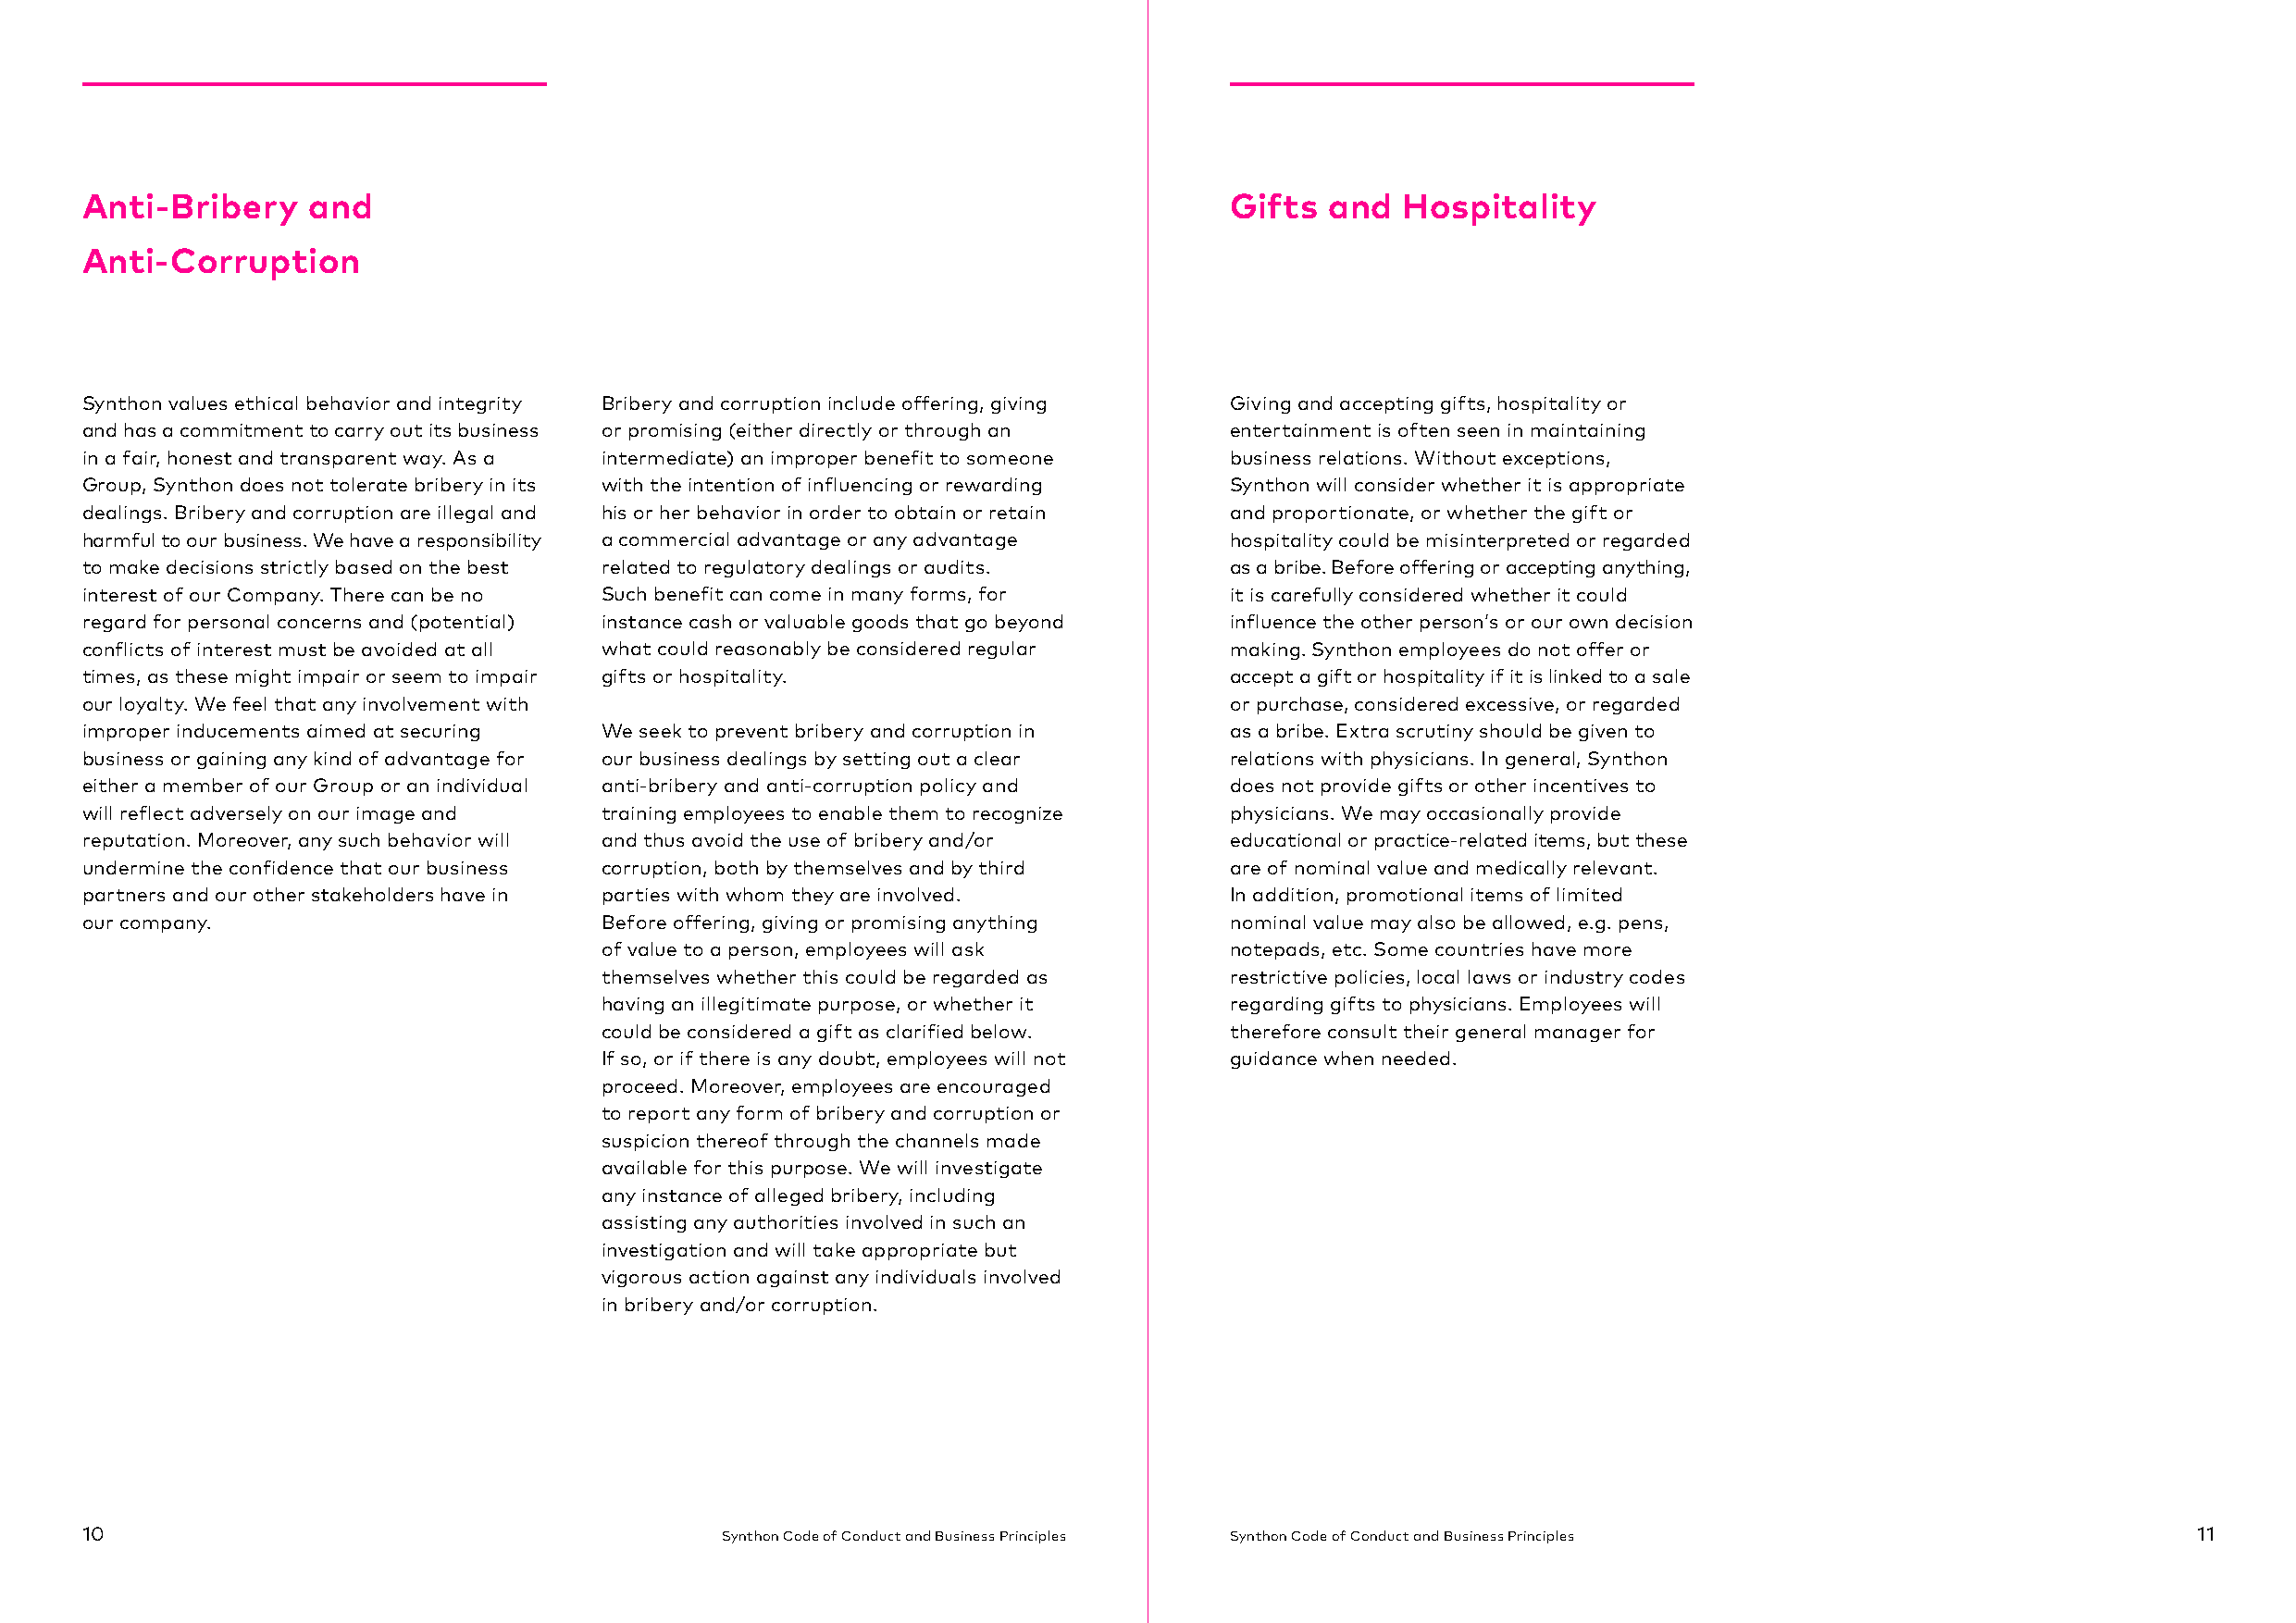
Anti-Bribery    and                                                               Gifts  and  Hospitality
 Anti-Corruption
 Synthon values ethical behavior and integrity Bribery and corruption include offering, giving Giving and accepting gifts, hospitality or
 and has a commitment to carry out its business or promising (either directly or through an entertainment is often seen in maintaining
 in a fair, honest and transparent way. As a intermediate) an improper benefit to someone business relations. Without exceptions,
 Group, Synthon does not tolerate bribery in its with the intention of influencing or rewarding Synthon will consider whether it is appropriate
 dealings. Bribery and corruption are illegal and his or her behavior in order to obtain or retain and proportionate, or whether the gift or
 harmful to our business. We have a responsibility a commercial advantage or any advantage hospitality could be misinterpreted or regarded
 to make decisions strictly based on the best related to regulatory dealings or audits. as a bribe. Before offering or accepting anything,
 interest of our Company. There can be no Such benefit can come in many forms, for it is carefully considered whether it could
 regard for personal concerns and (potential) instance cash or valuable goods that go beyond influence the other person’s or our own decision
 conflicts of interest must be avoided at all what could reasonably be considered regular making. Synthon employees do not offer or
 times, as these might impair or seem to impair gifts or hospitality.              accept a gift or hospitality if it is linked to a sale
 our loyalty. We feel that any involvement with                                    or purchase, considered excessive, or regarded
 improper inducements aimed at securing We seek to prevent bribery and corruption in as a bribe. Extra scrutiny should be given to
 business or gaining any kind of advantage for our business dealings by setting out a clear relations with physicians. In general, Synthon
 either a member of our Group or an individual anti-bribery and anti-corruption policy and does not provide gifts or other incentives to
 will reflect adversely on our image and training employees to enable them to recognize physicians. We may occasionally provide
 reputation. Moreover, any such behavior will and thus avoid the use of bribery and/or educational or practice-related items, but these
 undermine the confidence that our business corruption, both by themselves and by third are of nominal value and medically relevant.
 partners and our other stakeholders have in parties with whom they are involved.  In addition, promotional items of limited
 our company.                         Before offering, giving or promising anything nominal value may also be allowed, e.g. pens,
 of value to a person, employees will ask     notepads, etc. Some countries have more
 themselves whether this could be regarded as restrictive policies, local laws or industry codes
 having an illegitimate purpose, or whether it regarding gifts to physicians. Employees will
 could be considered a gift as clarified below. therefore consult their general manager for
 If so, or if there is any doubt, employees will not guidance when needed.
 proceed. Moreover, employees are encouraged
 to report any form of bribery and corruption or
 suspicion thereof through the channels made
 available for this purpose. We will investigate
 any instance of alleged bribery, including
 assisting any authorities involved in such an
 investigation and will take appropriate but
 vigorous action against any individuals involved
 in bribery and/or corruption.
 10                                            Synthon Code of Conduct and Business Principles Synthon Code of Conduct and Business Principles          11